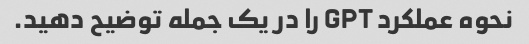
نحوه عملکرد GPT را در یک جمله توضیح دهید.